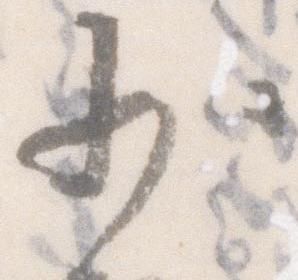
少